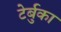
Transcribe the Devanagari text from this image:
टेर्बुका